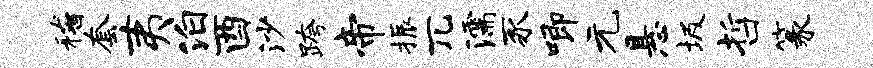
稽套夷泊酉沙跨帝振兀濡豕唧元悬圾哲篆